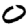
Digit: 0